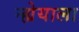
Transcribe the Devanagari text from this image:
न्ह्येयाला